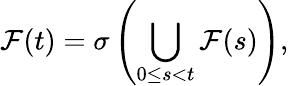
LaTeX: {\mathcal{F}}(t)=\sigma\left(\bigcup_{0\leq s<t}{\mathcal{F}}(s)\right),